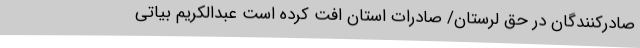
صادرکنندگان در حق لرستان/ صادرات استان افت کرده است عبدالکریم بیاتی